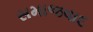
સમાજવાદ